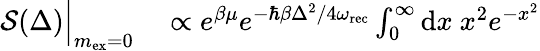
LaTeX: \begin{array}{rl}{\mathcal{S}(\Delta)\Big|_{m_{\mathrm{ex}}=0}}&{{}\propto e^{\beta\mu}e^{-\hbar\beta\Delta^{2}/4\omega_{\mathrm{rec}}}\int_{0}^{\infty}\mathrm{d}x\ x^{2}e^{-x^{2}}}\end{array}